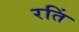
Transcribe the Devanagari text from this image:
रतिं